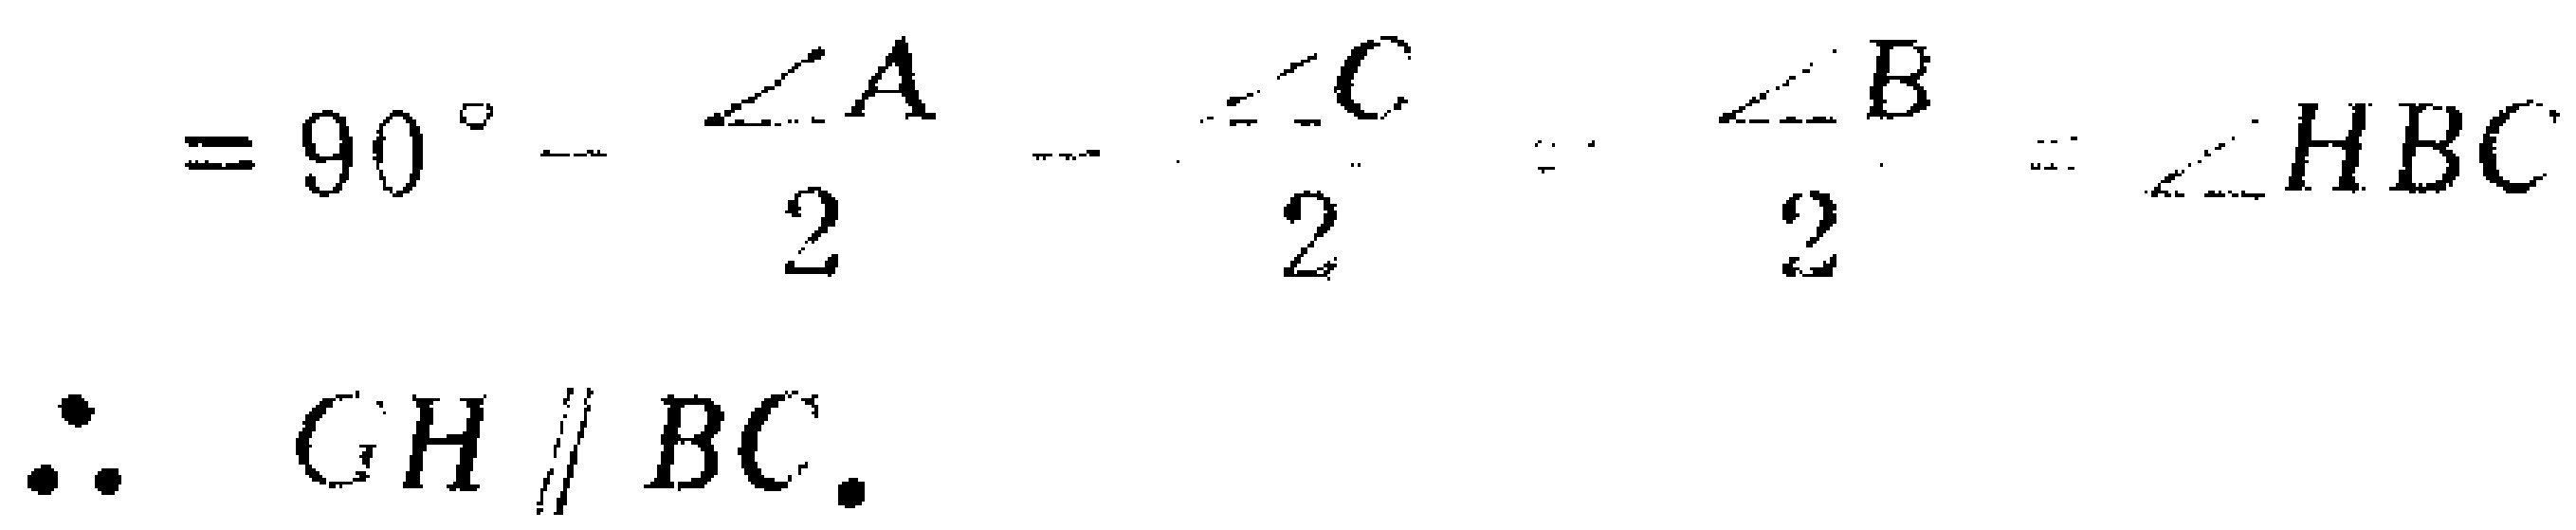
\[

=90^{\circ}-\frac{\angle A}{2}-\frac{\angle C}{2}=\frac{\angle B}{2}=\angle HBC

\]

\(\therefore GH\parallel BC\).